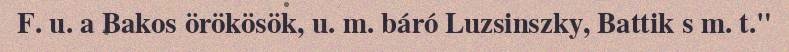
F. u. a Bakos örökösök, u. m. báró Luzsinszky, Battik s m. t."